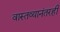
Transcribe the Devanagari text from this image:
वास्तव्यानंतरही